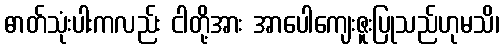
ဓာတ်သုံးပါးကလည်း ငါတို့အား အာပေါကျေးဇူးပြုသည်ဟုမသိ၊